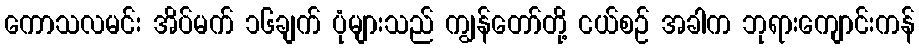
ကောသလမင်း အိပ်မက် ၁၆ချက် ပုံများသည် ကျွန်တော်တို့ ငယ်စဉ် အခါက ဘုရားကျောင်းကန်